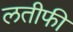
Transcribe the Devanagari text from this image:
लतीफी